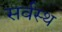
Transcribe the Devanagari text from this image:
सर्वस्थ